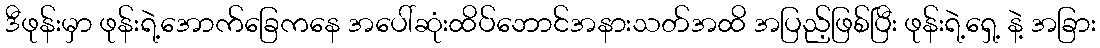
ဒီဖုန်းမှာ ဖုန်းရဲ့အောက်ခြေကနေ အပေါ်ဆုံးထိပ်ဘောင်အနားသတ်အထိ အပြည့်ဖြစ်ပြီး ဖုန်းရဲ့ရှေ့ နဲ့ အခြား